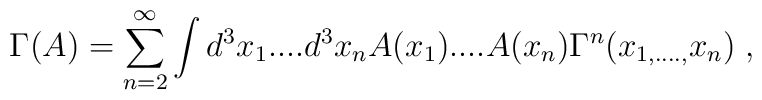
\Gamma (A)=\sum_{n=2}^\infty \int d^3x_1....d^3x_nA(x_1)....A(x_n)\Gamma^n(x_{1,....,}x_n)\;,